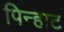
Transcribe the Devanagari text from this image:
पिन्हाट